Leaving Certificate Examination, 1919
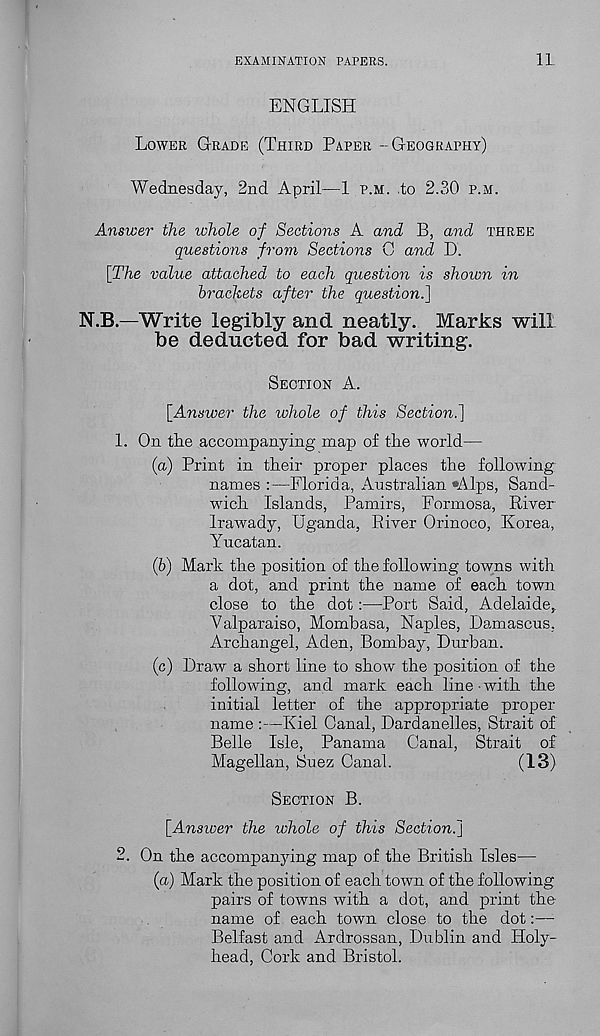
EXAMINATION PAPERS.
11
ENGLISH
LOWER GRADE (THIRD PAPER-GEOGRAPHY)
Wednesday, 2nd April—1 P.M. ,to 2.30 P.M.
Answer the whole of Sections A and B, and THREE
questions from Sections C and D.
[The value attached to each question is shown in
brackets after the question.]
N.B.—Write legibly and neatly. Marks will
be deducted for bad writing.
SECTION A.
[Answer the whole of this Section^]
1. On the accompanying map of the world—
(a) Print in their proper places the following
names :—Florida, Australian •Alps, Sand-
wich Islands, Pamirs, Formosa, River
Irawady, Uganda, River Orinoco, Korea,
Yucatan.
(b) Mark the position of the following towns with
a dot, and print the name of each town
close to the dot:—Port Said, Adelaide,.
Valparaiso, Mombasa, Naples, Damascus.
Archangel, Aden, Bombay, Durban.
(c) Draw a short line to show the position of the
following, and mark each line-with the
initial letter of the appropriate proper
name :—Kiel Canal, Dardanelles, Strait of
Belle Isle, Panama Canal, Strait of
Magellan, Suez Canal.
(13)
SECTION B.
[Answer the whole of this Section.]
2. On the accompanying map of the British Isles—
(a) Mark the position of each town of the following
pairs of towns with a dot, and print the
name of each town close to the dot:—•
Belfast and Ardrossan, Dublin and Holy-
head, Cork and Bristol.